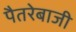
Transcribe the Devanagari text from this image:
पैतरेबाजी